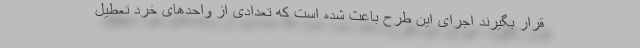
قرار بگیرند اجرای این طرح باعث شده است که تعدادی از واحدهای خرد تعطیل